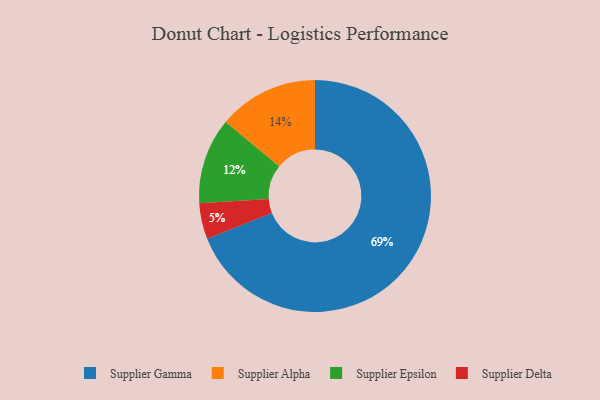
{"axis": {"x": "Category", "y": "Percentage"}, "legend": ["Supplier Alpha", "Supplier Delta", "Supplier Epsilon", "Supplier Gamma"], "data": [{"x": "Supplier Gamma", "y": 69, "type": "Supplier Gamma"}, {"x": "Supplier Alpha", "y": 14, "type": "Supplier Alpha"}, {"x": "Supplier Delta", "y": 5, "type": "Supplier Delta"}, {"x": "Supplier Epsilon", "y": 12, "type": "Supplier Epsilon"}]}